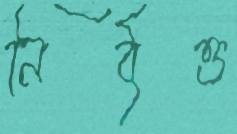
নির্বৃত্ত